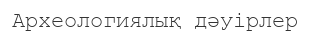
Археологиялық дәуірлер